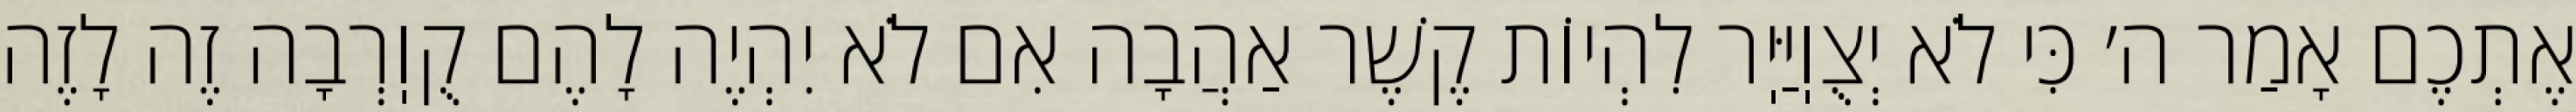
אֶתְכֶם אָמַר ה׳ כִּי לֹא יְצֻוֽיַּיֽר לִהְיוֹת קֶשֶׁר אַהֲבָה אִם לֹא יִהְיֶה לָהֶם קֻוֽרְבָה זֶה לָזֶה